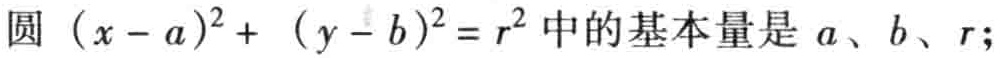
圆\((x - a)^2 + (y - b)^2 = r^2\)中的基本量是\(a\)、\(b\)、\(r\);